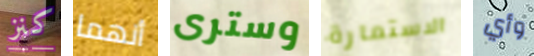
كنز أنهما وسترى الاستمارة وأي